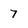
Character: 7